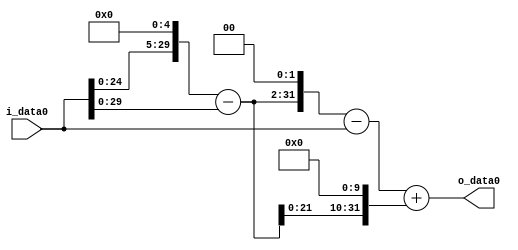
module multiplier_block (
    i_data0,
    o_data0
);

  // Port mode declarations:
  input   [31:0] i_data0;
  output  [31:0]
    o_data0;

  //Multipliers:

  wire [31:0]
    w1,
    w32,
    w31,
    w124,
    w123,
    w31744,
    w31867;

  assign w1 = i_data0;
  assign w123 = w124 - w1;
  assign w124 = w31 << 2;
  assign w31 = w32 - w1;
  assign w31744 = w31 << 10;
  assign w31867 = w123 + w31744;
  assign w32 = w1 << 5;

  assign o_data0 = w31867;

  //multiplier_block area estimate = 5624.94231249706;
endmodule